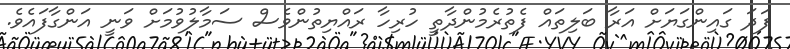
ފަދަ ގައިންގަޔަށް އަރާ ބަލިތައް ފެތުރެމުންދާތީ ހުރިހާ ރައްޔިތުންވެސް ސަމާލުވުމަށް ވަނީ އަންގާފައެވެ.